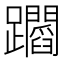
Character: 𨇲